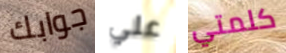
جوابك علي كلمتي